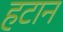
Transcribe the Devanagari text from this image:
हटान